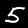
Digit: 5